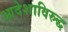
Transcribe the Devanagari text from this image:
आदेशाविरुद्ध